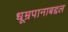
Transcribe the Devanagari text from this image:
धूम्रपानाबद्दल